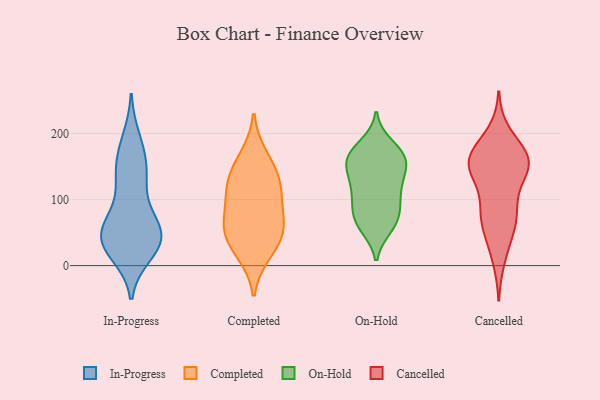
{"axis": {"x": "Backlog", "y": "Value"}, "legend": ["Cancelled", "Completed", "In-Progress", "On-Hold"], "data": [{"x": "", "y": 40, "type": "In-Progress"}, {"x": "", "y": 60, "type": "In-Progress"}, {"x": "", "y": 184, "type": "In-Progress"}, {"x": "", "y": 48, "type": "In-Progress"}, {"x": "", "y": 42, "type": "In-Progress"}, {"x": "", "y": 22, "type": "In-Progress"}, {"x": "", "y": 152, "type": "In-Progress"}, {"x": "", "y": 56, "type": "In-Progress"}, {"x": "", "y": 39, "type": "In-Progress"}, {"x": "", "y": 20, "type": "In-Progress"}, {"x": "", "y": 45, "type": "In-Progress"}, {"x": "", "y": 140, "type": "In-Progress"}, {"x": "", "y": 17, "type": "In-Progress"}, {"x": "", "y": 83, "type": "In-Progress"}, {"x": "", "y": 123, "type": "In-Progress"}, {"x": "", "y": 160, "type": "In-Progress"}, {"x": "", "y": 129, "type": "In-Progress"}, {"x": "", "y": 39, "type": "In-Progress"}, {"x": "", "y": 71, "type": "In-Progress"}, {"x": "", "y": 193, "type": "In-Progress"}, {"x": "", "y": 118, "type": "Completed"}, {"x": "", "y": 60, "type": "Completed"}, {"x": "", "y": 33, "type": "Completed"}, {"x": "", "y": 19, "type": "Completed"}, {"x": "", "y": 58, "type": "Completed"}, {"x": "", "y": 165, "type": "Completed"}, {"x": "", "y": 98, "type": "Completed"}, {"x": "", "y": 141, "type": "Completed"}, {"x": "", "y": 62, "type": "Completed"}, {"x": "", "y": 123, "type": "Completed"}, {"x": "", "y": 64, "type": "On-Hold"}, {"x": "", "y": 144, "type": "On-Hold"}, {"x": "", "y": 168, "type": "On-Hold"}, {"x": "", "y": 153, "type": "On-Hold"}, {"x": "", "y": 158, "type": "On-Hold"}, {"x": "", "y": 74, "type": "On-Hold"}, {"x": "", "y": 133, "type": "On-Hold"}, {"x": "", "y": 164, "type": "On-Hold"}, {"x": "", "y": 168, "type": "On-Hold"}, {"x": "", "y": 132, "type": "On-Hold"}, {"x": "", "y": 58, "type": "On-Hold"}, {"x": "", "y": 172, "type": "On-Hold"}, {"x": "", "y": 183, "type": "On-Hold"}, {"x": "", "y": 110, "type": "On-Hold"}, {"x": "", "y": 103, "type": "On-Hold"}, {"x": "", "y": 60, "type": "On-Hold"}, {"x": "", "y": 81, "type": "On-Hold"}, {"x": "", "y": 90, "type": "On-Hold"}, {"x": "", "y": 115, "type": "On-Hold"}, {"x": "", "y": 154, "type": "Cancelled"}, {"x": "", "y": 78, "type": "Cancelled"}, {"x": "", "y": 158, "type": "Cancelled"}, {"x": "", "y": 37, "type": "Cancelled"}, {"x": "", "y": 145, "type": "Cancelled"}, {"x": "", "y": 153, "type": "Cancelled"}, {"x": "", "y": 75, "type": "Cancelled"}, {"x": "", "y": 67, "type": "Cancelled"}, {"x": "", "y": 131, "type": "Cancelled"}, {"x": "", "y": 153, "type": "Cancelled"}, {"x": "", "y": 69, "type": "Cancelled"}, {"x": "", "y": 11, "type": "Cancelled"}, {"x": "", "y": 171, "type": "Cancelled"}, {"x": "", "y": 165, "type": "Cancelled"}, {"x": "", "y": 94, "type": "Cancelled"}, {"x": "", "y": 150, "type": "Cancelled"}, {"x": "", "y": 200, "type": "Cancelled"}, {"x": "", "y": 173, "type": "Cancelled"}]}